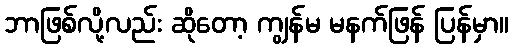
ဘာဖြစ်လို့လည်း ဆိုတော့ ကျွန်မ မနက်ဖြန် ပြန်မှာ။